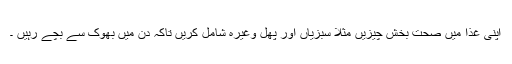
اپنی غذا میں صحت بخش چیزیں مثلا سبزیاں اور پھل وغیرہ شامل کریں تاکہ دن میں بھوک سے بچے رہیں ۔